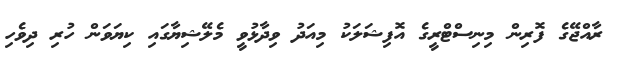
ރާއްޖޭގެ ފޮރިން މިނިސްޓްރީގެ އޮފިޝަލަކު މިއަދު ވިދާޅުވީ މެލޭޝިޔާގައި ކިޔަވަން ހުރި ދިވެހި